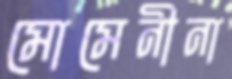
মোমেনীনা